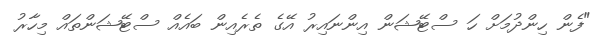
"ފެން ހިންދުމަށް ހަ ސްޓޭޝަން އިންނައިރު އޭގެ ތެރެއިން ބައެއް ސްޓޭޝަންތައް މިހާރު